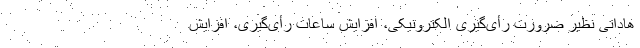
هاداتی نظیر ضرورت رأی‌گیری الکترونیکی، افزایش ساعات رأی‌گیری، افزایش